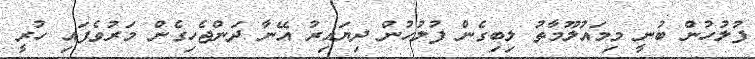
ފުލުހުން ބުނީ މިމައުލޫމާތު ލިބިގެން ފުލުހުން ދިޔައިރު އޭނާ ދަންޖެހިގެން މަރުވެފައި ހުރީ